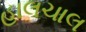
હાલચાલ